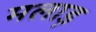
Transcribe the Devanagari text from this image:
मलाड़